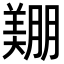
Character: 𦎿